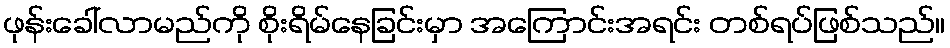
ဖုန်းခေါ်လာမည်ကို စိုးရိမ်နေခြင်းမှာ အကြောင်းအရင်း တစ်ရပ်ဖြစ်သည်။